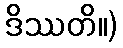
ဒိဿတိ။)